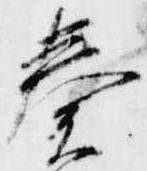
奏